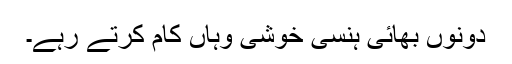
دونوں بھائی ہنسی خوشی وہاں کام کرتے رہے۔